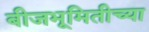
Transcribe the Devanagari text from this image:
बीजभूमितीच्या